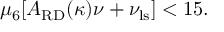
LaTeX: \mu _ { 6 } [ A _ { \mathrm { R D } } ( \kappa ) \nu + \nu _ { \mathrm { l s } } ] < 1 5 .